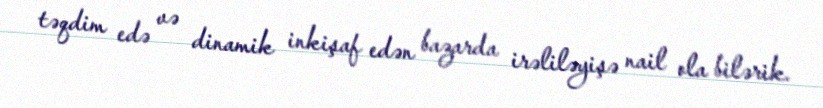
təqdim edə və dinamik inkişaf edən bazarda irəliləyişə nail ola bilərik.